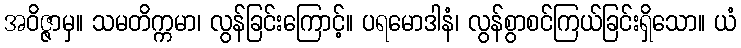
အဝိဇ္ဇာမှ။ သမတိက္ကမာ၊ လွန်ခြင်းကြောင့်။ ပရမောဒါနံ၊ လွန်စွာစင်ကြယ်ခြင်းရှိသော။ ယံ